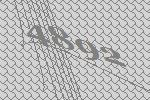
4892